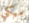
ميكي